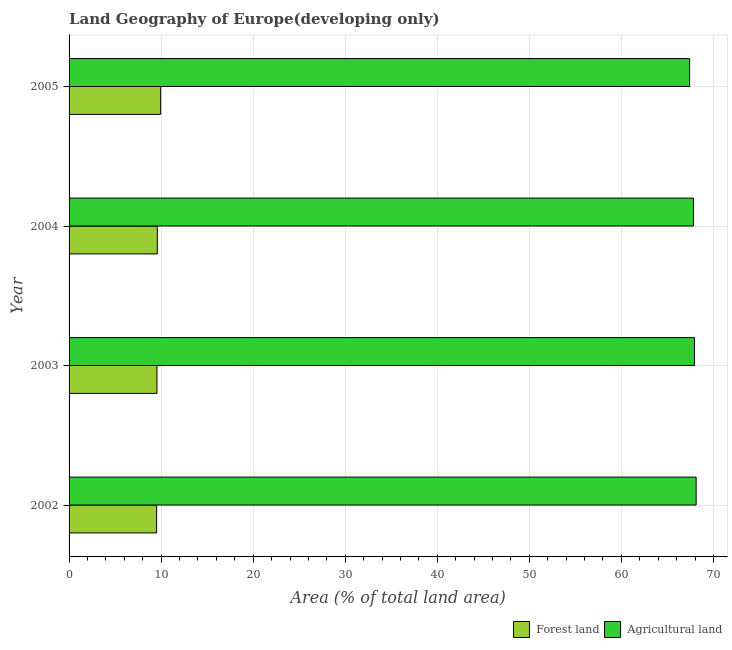
| Year | Forest land | Agricultural land |
 | --- | --- | --- |
 | 2002 | 9.51 | 68.1 |
 | 2003 | 9.55 | 67.9 |
 | 2004 | 9.59 | 67.8 |
 | 2005 | 9.95 | 67.4 |